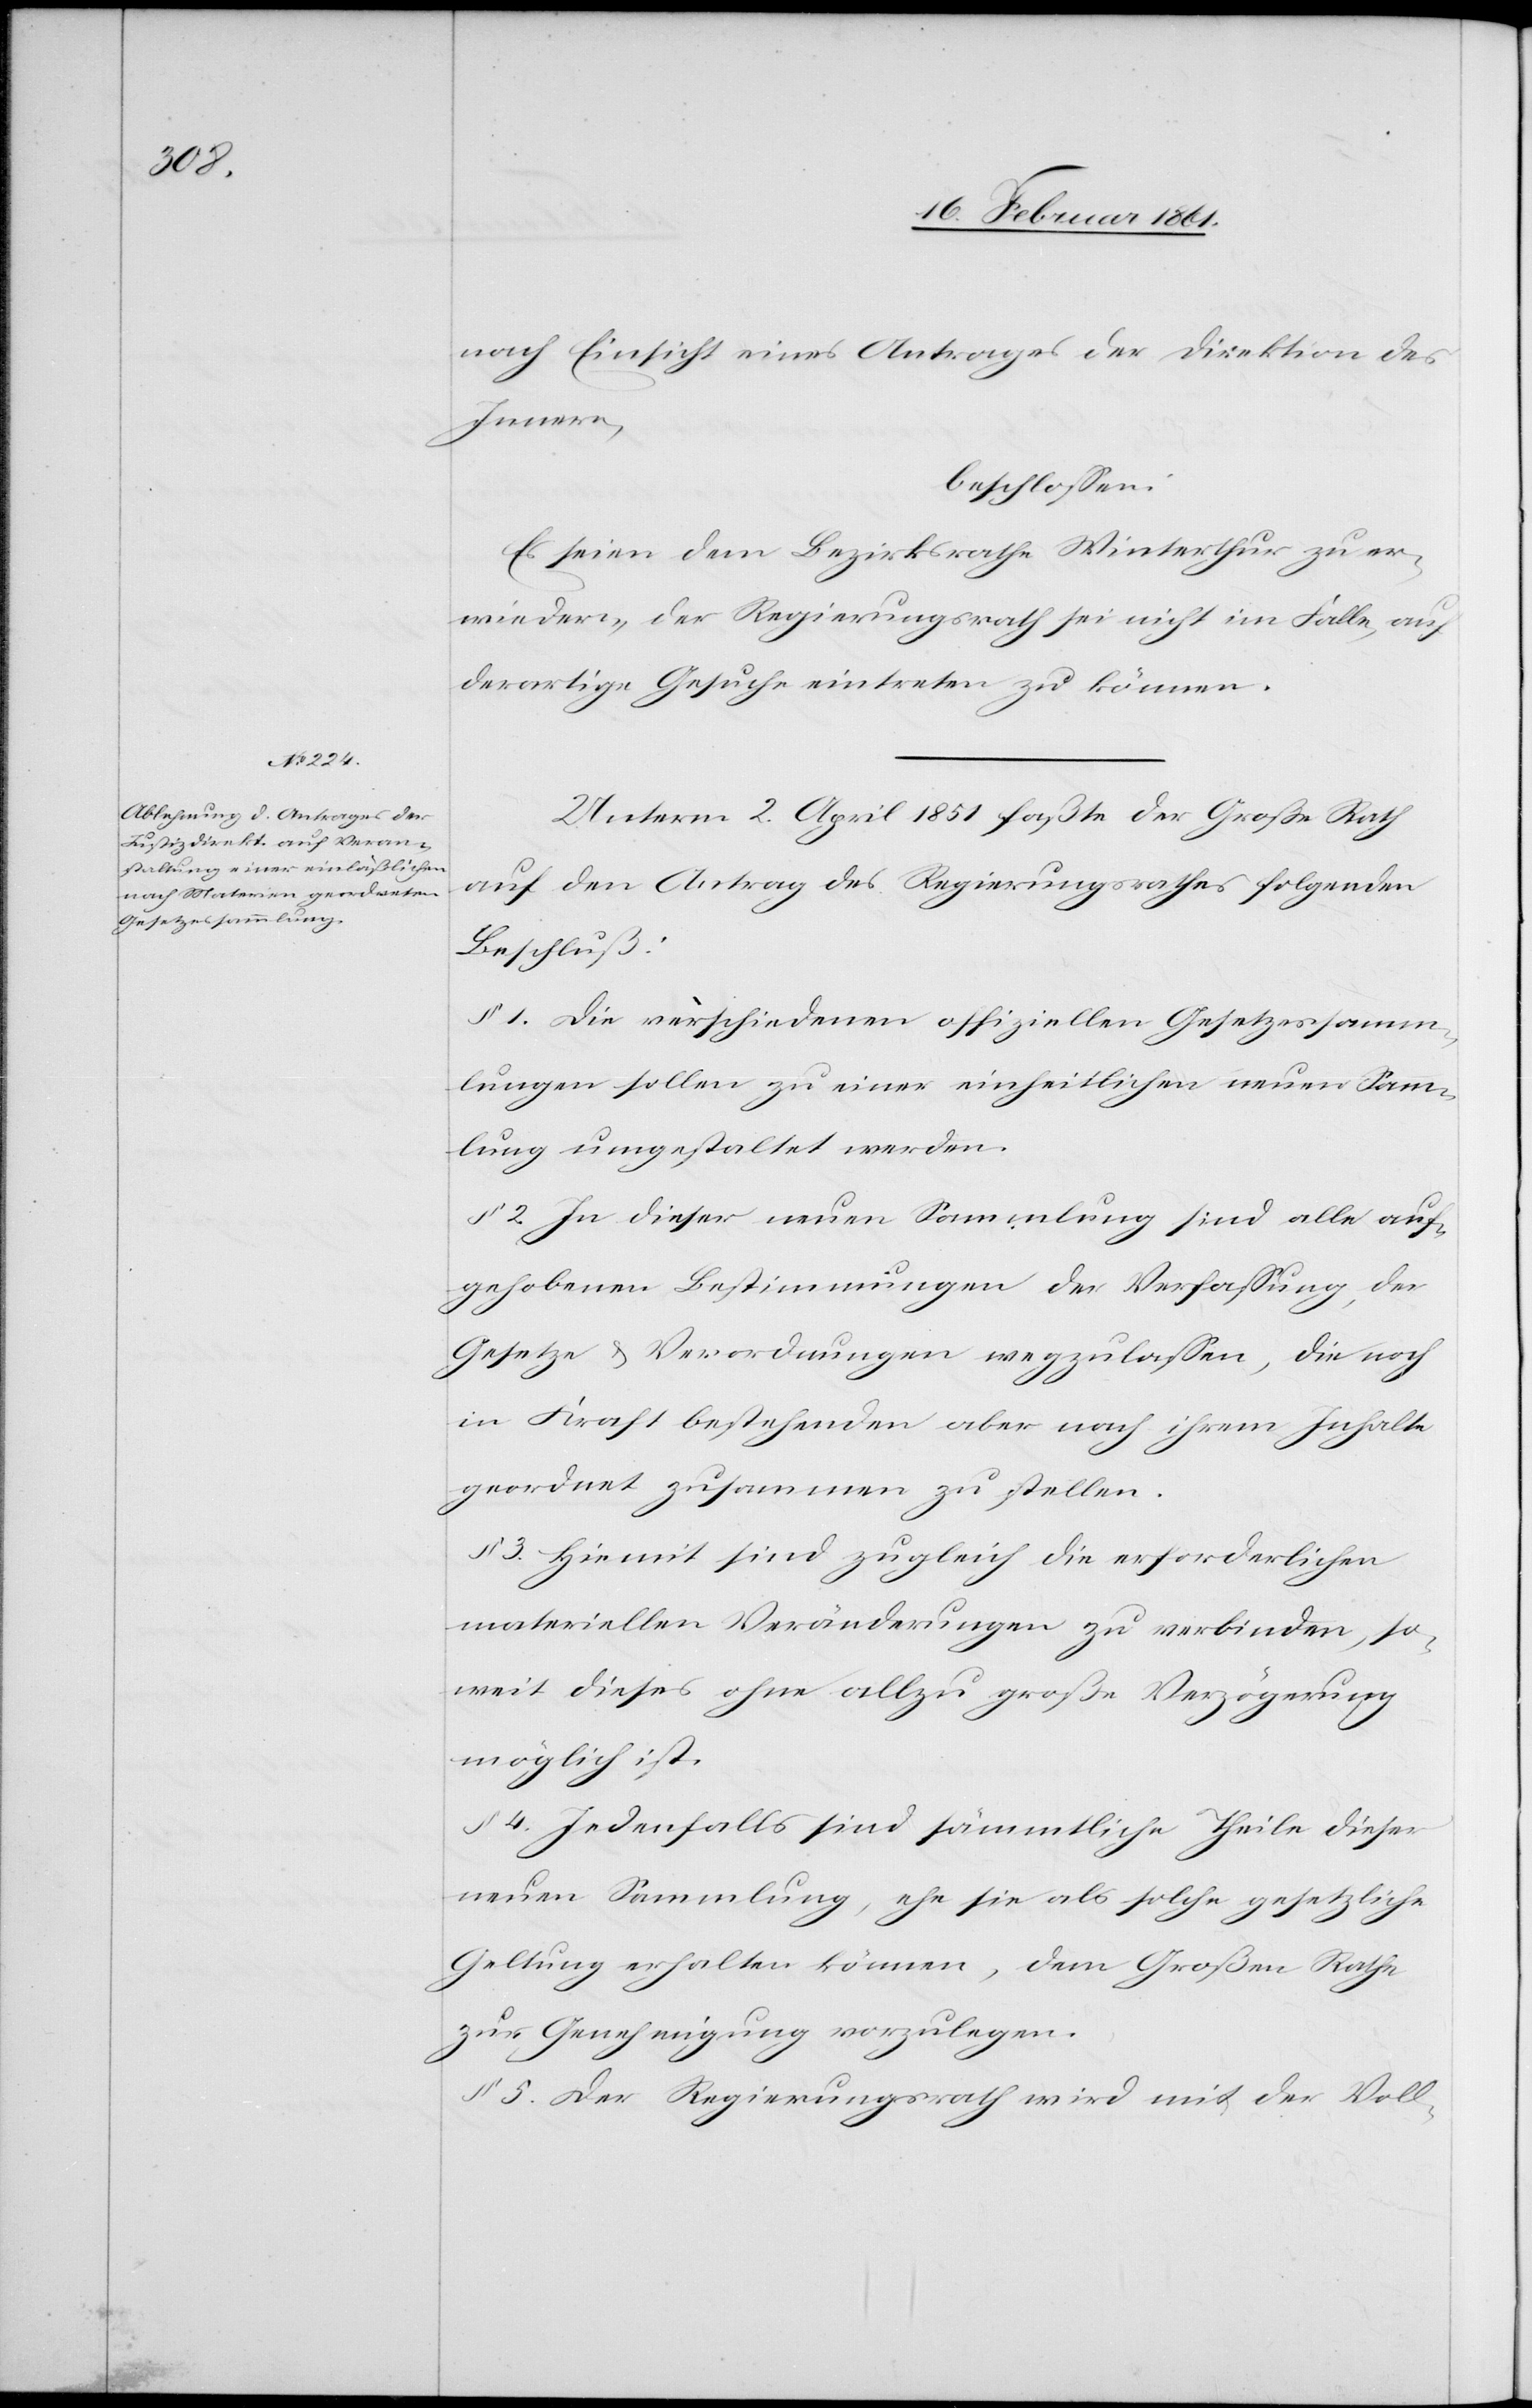
nach Einsicht eines Antrages der Direktion des
Innern,
beschlossen.
Es seien [sic!] dem Bezirksrathe Winterthur zu er¬
wiedern, der Regierungsrath sei nicht im Falle, auf
derartige Gesuche eintreten zu können.
Unterm 2. April 1851 faßte der Große Rath
auf den Antrag des Regierungsrathes folgenden
Beschluß:
§. 1. Die verschiedenen offiziellen Gesetzessamm¬
lungen sollen zu einer einheitlichen neuen Samm¬
lung umgestaltet werden.
§. 2. In dieser neuen Sammlung sind alle auf¬
gehobenen Bestimmungen der Verfassung, der
Gesetze u. Verordnungen wegzulassen, die noch
in Kraft bestehenden aber nach ihrem Inhalte
geordnet zusammen zu stellen.
§. 3. Hiemit sind zugleich die erforderlichen
materiellen Veränderungen zu verbinden, so¬
weit dieses ohne allzu große Verzögerung
möglich ist.
§. 4. Jedenfalls sind sämmtliche Theile dieser
neuen Sammlung, ehe sie als solche gesetzliche
Geltung erhalten können, dem Großen Rathe
zur Genehmigung vorzulegen.
§. 5. Der Regierungsrath wird mit der Voll-